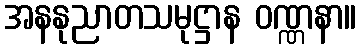
အနနုညာတသမုဋ္ဌာန ဝဏ္ဏနာ။